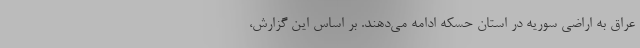
عراق به اراضی سوریه در استان حسکه ادامه می‌دهند. بر اساس این گزارش،